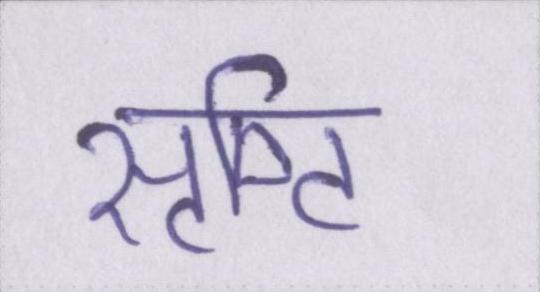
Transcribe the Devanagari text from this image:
सृष्टि